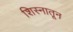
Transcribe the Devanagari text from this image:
शिस्नातून